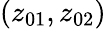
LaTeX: (z_{01},z_{02})